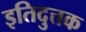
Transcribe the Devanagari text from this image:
इतिदुत्तक